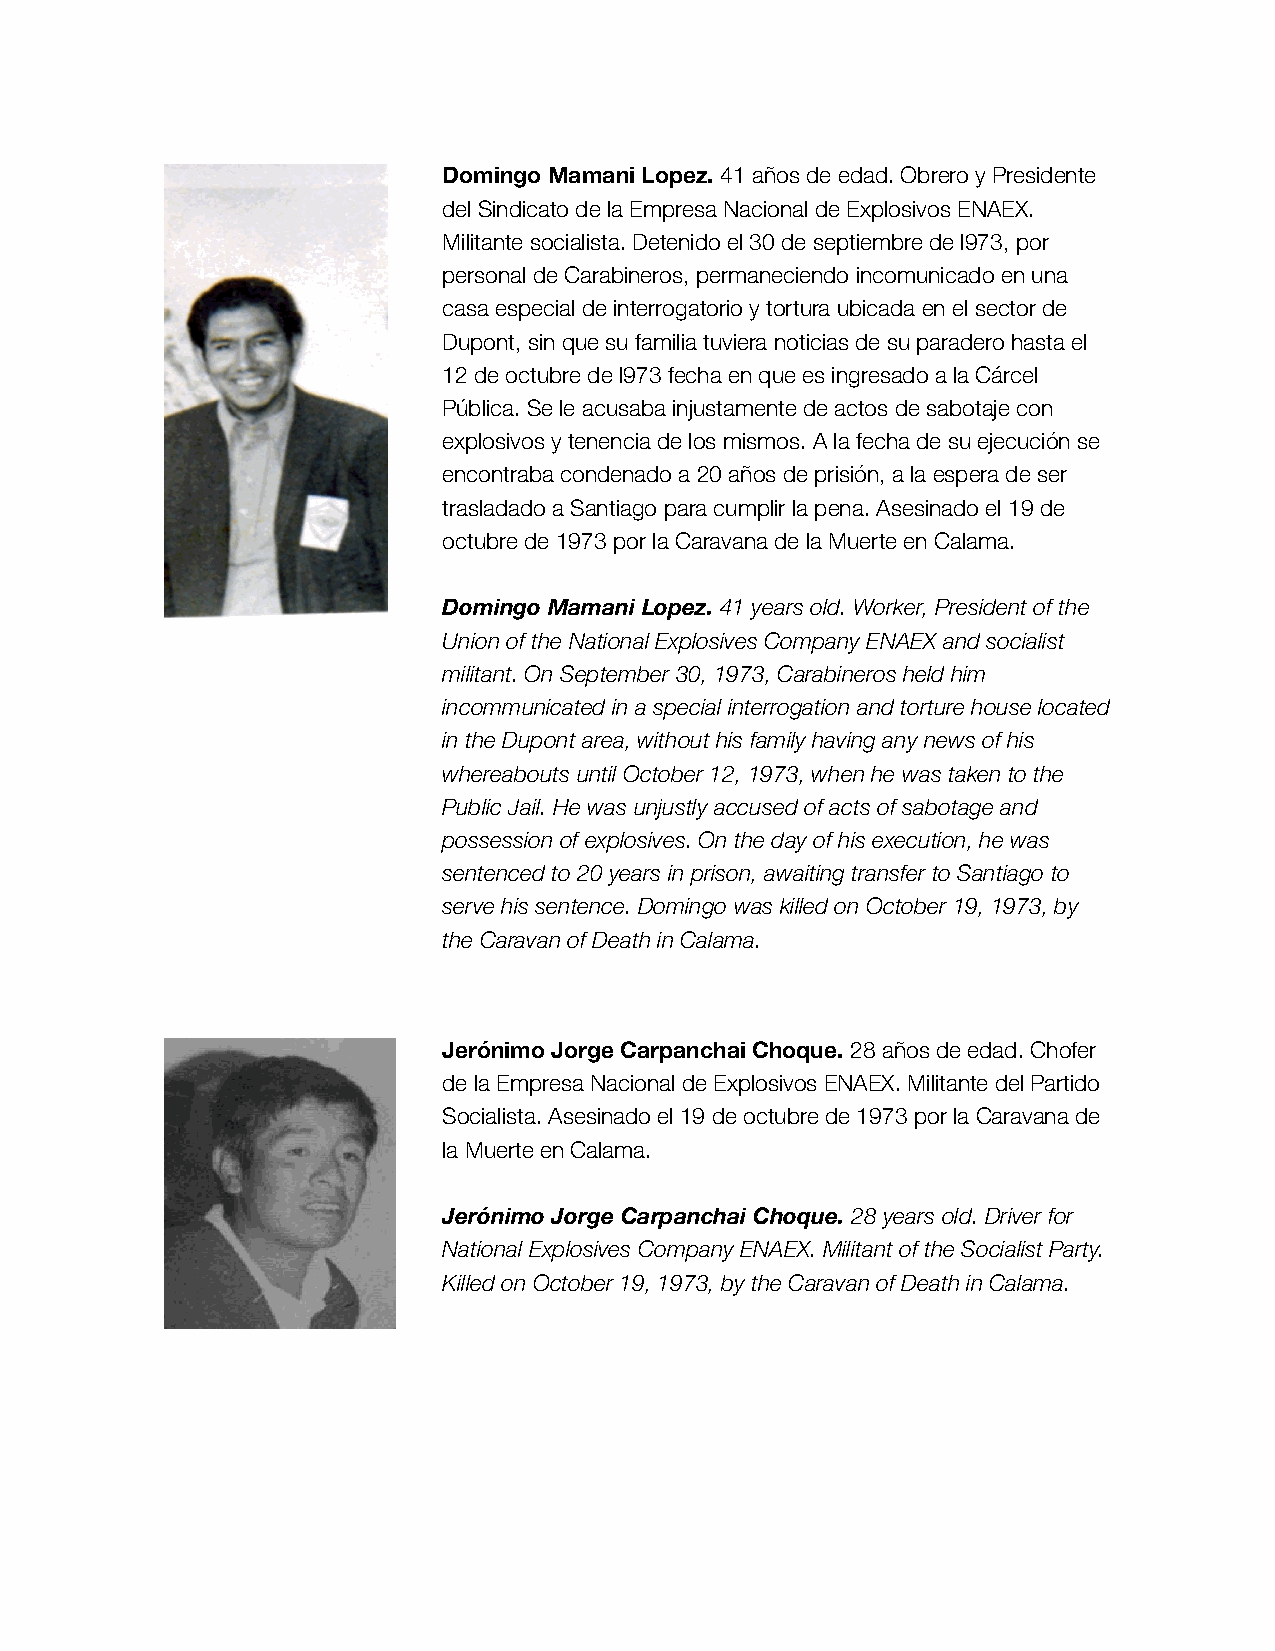
Domingo Mamani Lopez. 41 años de edad. Obrero y Presidente
 del Sindicato de la Empresa Nacional de Explosivos ENAEX.
 Militante socialista. Detenido el 30 de septiembre de l973, por
 personal de Carabineros, permaneciendo incomunicado en una
 casa especial de interrogatorio y tortura ubicada en el sector de
 Dupont, sin que su familia tuviera noticias de su paradero hasta el
 12 de octubre de l973 fecha en que es ingresado a la Cárcel
 Pública. Se le acusaba injustamente de actos de sabotaje con
 explosivos y tenencia de los mismos. A la fecha de su ejecución se
 encontraba condenado a 20 años de prisión, a la espera de ser
 trasladado a Santiago para cumplir la pena. Asesinado el 19 de
 octubre de 1973 por la Caravana de la Muerte en Calama.
 Domingo Mamani Lopez. 41 years old. Worker, President of the
 Union of the National Explosives Company ENAEX and socialist
 militant. On September 30, 1973, Carabineros held him
 incommunicated in a special interrogation and torture house located
 in the Dupont area, without his family having any news of his
 whereabouts until October 12, 1973, when he was taken to the
 Public Jail. He was unjustly accused of acts of sabotage and
 possession of explosives. On the day of his execution, he was
 sentenced to 20 years in prison, awaiting transfer to Santiago to
 serve his sentence. Domingo was killed on October 19, 1973, by
 the Caravan of Death in Calama.
 Jerónimo Jorge Carpanchai Choque. 28 años de edad. Chofer
 de la Empresa Nacional de Explosivos ENAEX. Militante del Partido
 Socialista. Asesinado el 19 de octubre de 1973 por la Caravana de
 la Muerte en Calama.
 Jerónimo Jorge Carpanchai Choque. 28 years old. Driver for
 National Explosives Company ENAEX. Militant of the Socialist Party.
 Killed on October 19, 1973, by the Caravan of Death in Calama.